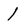
Character: 1